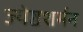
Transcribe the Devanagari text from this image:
ज्येष्ठशर्मन